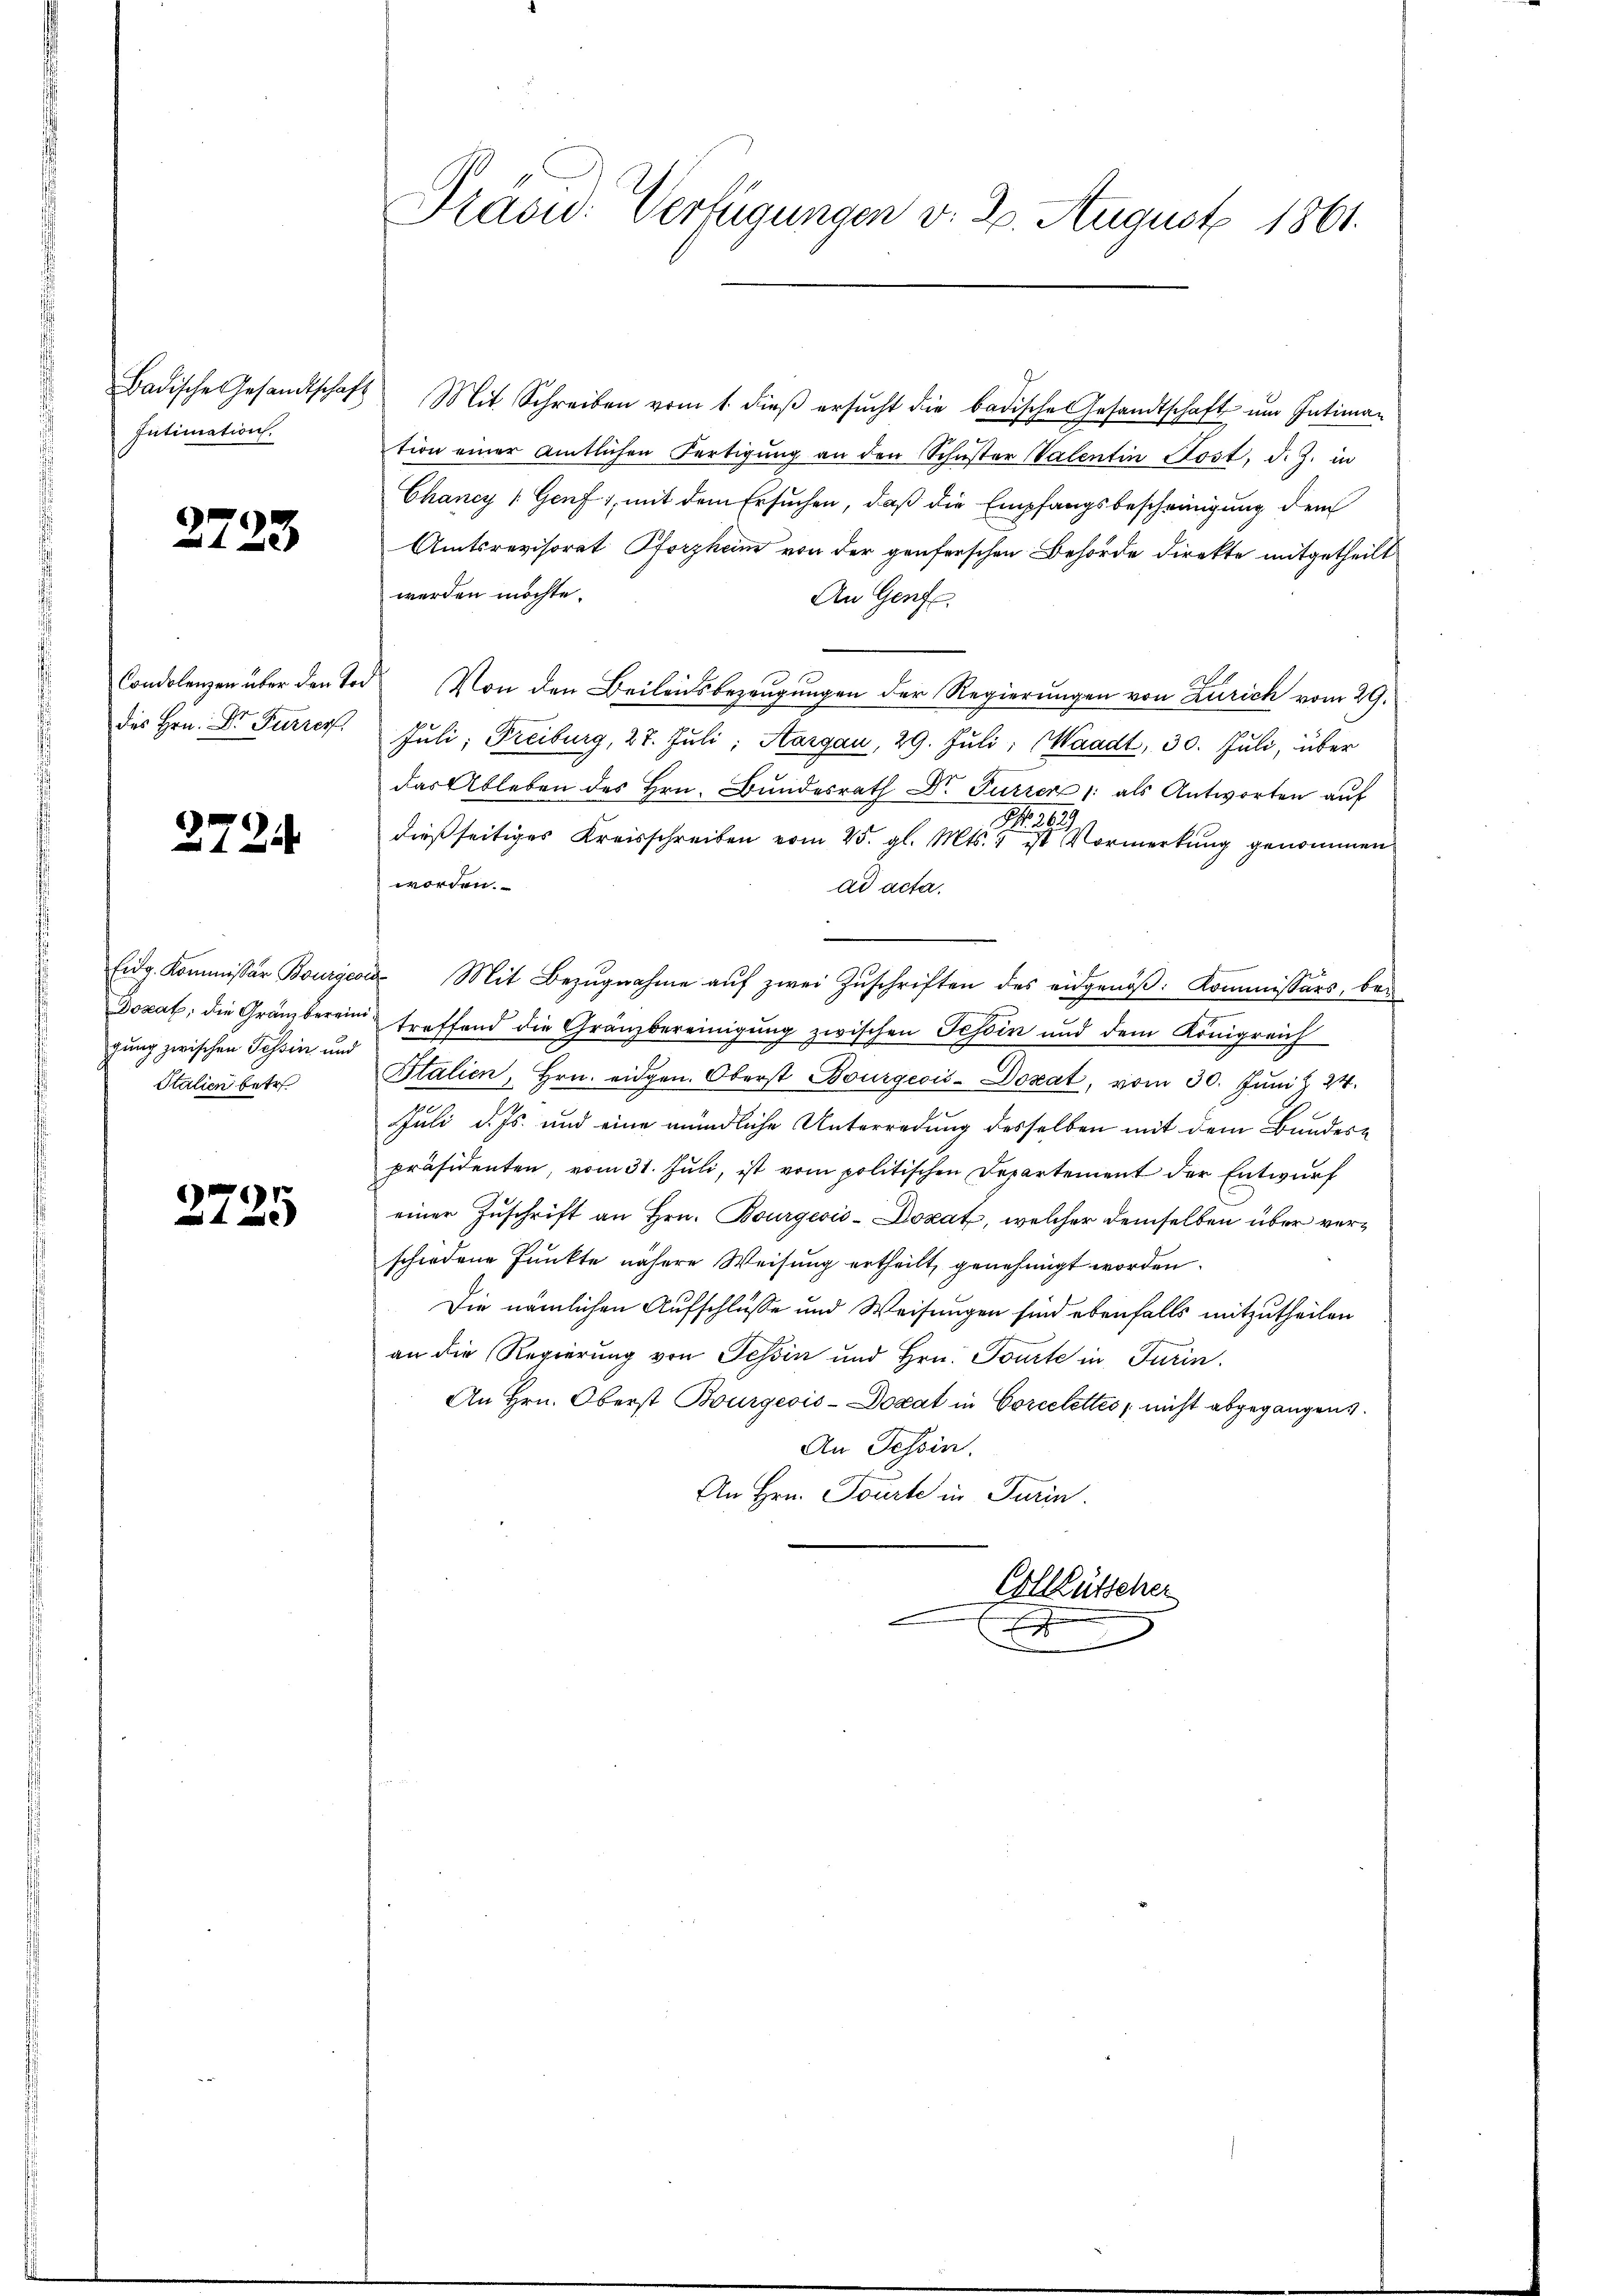
Badische Gesandtschaft
Intimation.

2723

des Hrn. Dr Furrer,

2724.

Eidg. Kommissär Bourgeor
Dozat; die Granz bereini
gung zwischen Tessin und
Stalien betr

¬
125

Präsid. Verfügungen v. 2. August 1861.

Mit Schreiben vom 1. dieβ ersŭcht die badische Gesandtschaft ŭm Intiman
tion einer amtlichen Fertigŭng an den Schŭster Valentin Post, d. J. in
Chancy (Genf), mit dem Ersuchen, daß die Empfangsbescheinigung dem
Amtsrevisorat Pforzheim von der genferschen Behörde direkte mitgetheilt
werden möchte.
An Genf
Condolenzen über den Tod Von den Beileidsbezeugungen der Regierungen von Zürich vom 29.
Juli, Freiburg, 27. Juli, Aargau, 29. Juli, Waadt, 30. Juli, über
das Ableben des Hrn. Bundesrath Dr. Furren /: als Antworten auf
S. 269.
dießseitiges Kreisschreiben vom 25. gl. Mts. 1 ist Vormerkung genommen
worden.
ad acta.
 Mit Bezugnahme auf zwei Zuschriften des eidgenöß: Kommissärs, bei
treffend die Gränzbereinigung zwischen Tessin und dem Königreich
Italien, Hrn. eidgen. Oberst Bourgeois-Dozat, vom 30. Juni & 24.
Juli d. Js. und eine mündliche Unterredung desselben mit dem Bunderpräsidenten, vom 31. Jŭli, ist vom politischen Departement der Entwurf
einer Zuschrift an Hrn. Bourgeois-Dozat, welcher demselben über verschiedene Punkte nähere Weisung ertheilt, genehmigt worden.
Die nämlichen Aufschlüsse und Weisungen sind ebenfalls mitzutheilen
an die Regierung von Tessin und Hrn. Tourte in Turin.
An Hrn. Oberst Bourgeois-Docat in Corcelettes, nicht abgegangen.
An Tessin.
An Hrn. Tourte in Turin.

Colleütscher
x